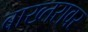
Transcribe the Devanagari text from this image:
बाख्तरावर